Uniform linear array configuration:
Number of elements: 12
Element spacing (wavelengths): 0.25
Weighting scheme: kaiser
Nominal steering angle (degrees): -60
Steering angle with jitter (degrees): -59.582
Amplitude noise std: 0.05
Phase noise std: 0.05

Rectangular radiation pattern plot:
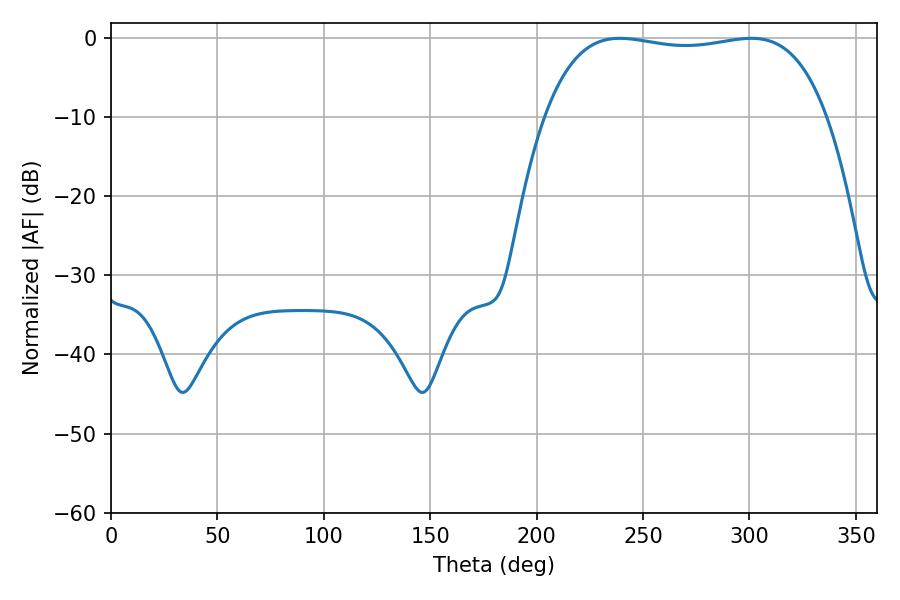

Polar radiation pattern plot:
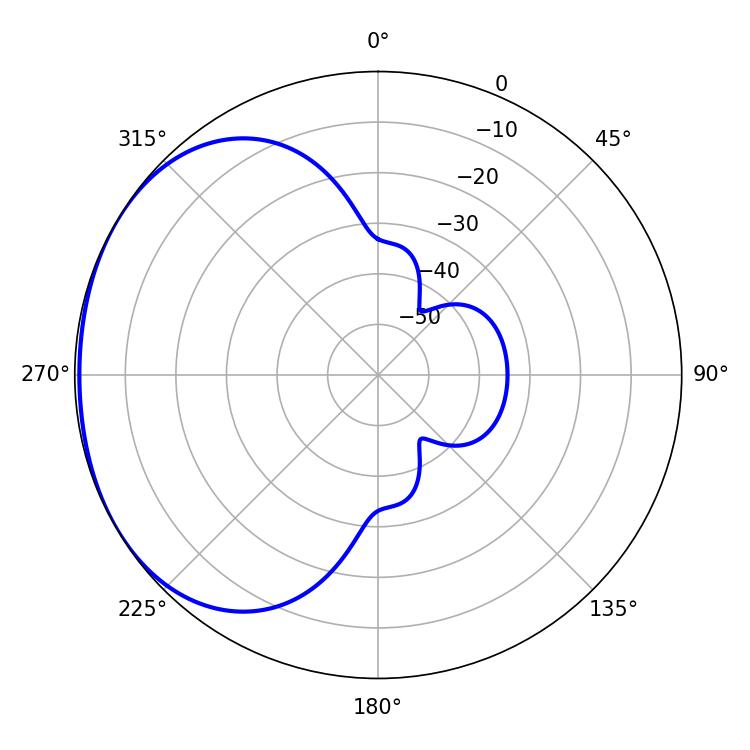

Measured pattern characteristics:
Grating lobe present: FALSE
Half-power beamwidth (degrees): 105.84
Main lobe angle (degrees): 239.22